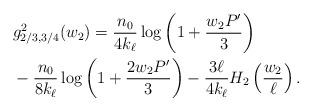
LaTeX: \begin{align*} & g_{2/3, 3/4}^2 (w_2) = \frac{n_0}{4 k_{\ell}} \log\left( 1 + \frac{ w_2 P' }{3} \right) \\ &- \frac{ n_0}{8 k_{\ell}} \log \left( 1 + \frac{2 w_2 P'}{3} \right) - \frac{3 \ell} {4 k_{\ell}} H_2 \left(\frac{w_2}{\ell} \right) . \end{align*}